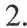
2.